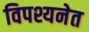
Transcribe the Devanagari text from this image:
विपश्यनेत